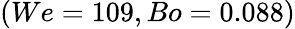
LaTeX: (We=109,Bo=0.088)